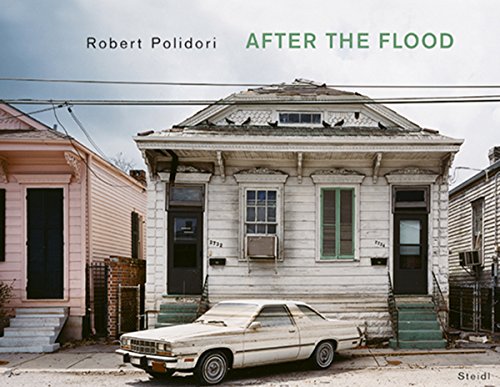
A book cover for Robert Polidori: After the Flood; Robert Polidori; Science & Math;